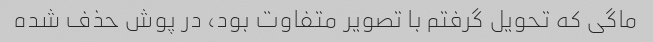
ماگی که تحویل گرفتم با تصویر متفاوت بود، در پوش حذف شده